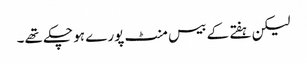
لیکن ہفتے کے بیس منٹ پورے ہو چکے تھے۔